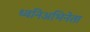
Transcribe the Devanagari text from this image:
ध्वनिअभिनेता